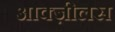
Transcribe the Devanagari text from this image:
आक्ज़ीलस